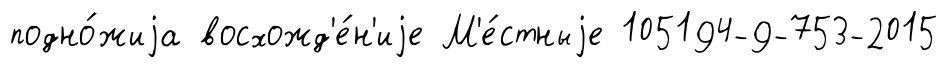
подно́жиjа восхожд'е́н'иjе М'е́стныjе 105194-9-753-2015